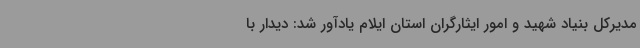
مدیرکل بنیاد شهید و امور ایثارگران استان ایلام یادآور شد: دیدار با